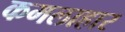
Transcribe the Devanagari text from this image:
कमलाहार